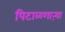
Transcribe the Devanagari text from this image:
पिटाळणाऱ्या